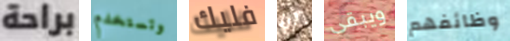
براحة وتستخدم فليك أنا ويبقى وظائفهم